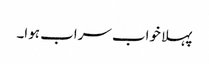
پہلا خواب سراب ہوا۔